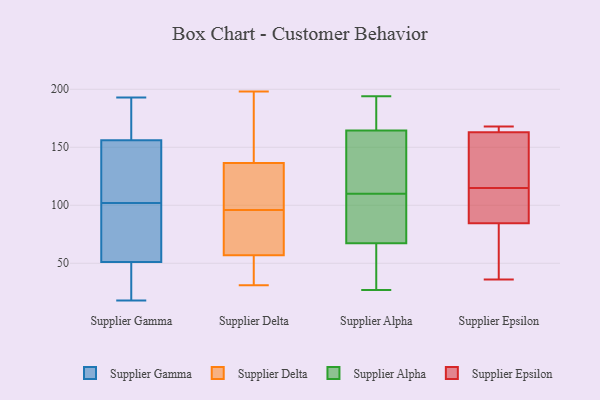
{"axis": {"x": "Market Share (%)", "y": "Value"}, "legend": ["Supplier Alpha", "Supplier Delta", "Supplier Epsilon", "Supplier Gamma"], "data": [{"x": "", "y": 149, "type": "Supplier Gamma"}, {"x": "", "y": 39, "type": "Supplier Gamma"}, {"x": "", "y": 51, "type": "Supplier Gamma"}, {"x": "", "y": 26, "type": "Supplier Gamma"}, {"x": "", "y": 99, "type": "Supplier Gamma"}, {"x": "", "y": 191, "type": "Supplier Gamma"}, {"x": "", "y": 110, "type": "Supplier Gamma"}, {"x": "", "y": 105, "type": "Supplier Gamma"}, {"x": "", "y": 59, "type": "Supplier Gamma"}, {"x": "", "y": 53, "type": "Supplier Gamma"}, {"x": "", "y": 178, "type": "Supplier Gamma"}, {"x": "", "y": 193, "type": "Supplier Gamma"}, {"x": "", "y": 18, "type": "Supplier Gamma"}, {"x": "", "y": 156, "type": "Supplier Gamma"}, {"x": "", "y": 91, "type": "Supplier Delta"}, {"x": "", "y": 86, "type": "Supplier Delta"}, {"x": "", "y": 34, "type": "Supplier Delta"}, {"x": "", "y": 58, "type": "Supplier Delta"}, {"x": "", "y": 198, "type": "Supplier Delta"}, {"x": "", "y": 157, "type": "Supplier Delta"}, {"x": "", "y": 144, "type": "Supplier Delta"}, {"x": "", "y": 94, "type": "Supplier Delta"}, {"x": "", "y": 173, "type": "Supplier Delta"}, {"x": "", "y": 56, "type": "Supplier Delta"}, {"x": "", "y": 54, "type": "Supplier Delta"}, {"x": "", "y": 129, "type": "Supplier Delta"}, {"x": "", "y": 106, "type": "Supplier Delta"}, {"x": "", "y": 31, "type": "Supplier Delta"}, {"x": "", "y": 105, "type": "Supplier Delta"}, {"x": "", "y": 98, "type": "Supplier Delta"}, {"x": "", "y": 56, "type": "Supplier Alpha"}, {"x": "", "y": 69, "type": "Supplier Alpha"}, {"x": "", "y": 177, "type": "Supplier Alpha"}, {"x": "", "y": 185, "type": "Supplier Alpha"}, {"x": "", "y": 194, "type": "Supplier Alpha"}, {"x": "", "y": 151, "type": "Supplier Alpha"}, {"x": "", "y": 93, "type": "Supplier Alpha"}, {"x": "", "y": 62, "type": "Supplier Alpha"}, {"x": "", "y": 27, "type": "Supplier Alpha"}, {"x": "", "y": 72, "type": "Supplier Alpha"}, {"x": "", "y": 127, "type": "Supplier Alpha"}, {"x": "", "y": 162, "type": "Supplier Alpha"}, {"x": "", "y": 111, "type": "Supplier Alpha"}, {"x": "", "y": 172, "type": "Supplier Alpha"}, {"x": "", "y": 110, "type": "Supplier Alpha"}, {"x": "", "y": 104, "type": "Supplier Alpha"}, {"x": "", "y": 42, "type": "Supplier Alpha"}, {"x": "", "y": 115, "type": "Supplier Epsilon"}, {"x": "", "y": 36, "type": "Supplier Epsilon"}, {"x": "", "y": 164, "type": "Supplier Epsilon"}, {"x": "", "y": 66, "type": "Supplier Epsilon"}, {"x": "", "y": 114, "type": "Supplier Epsilon"}, {"x": "", "y": 168, "type": "Supplier Epsilon"}, {"x": "", "y": 78, "type": "Supplier Epsilon"}, {"x": "", "y": 104, "type": "Supplier Epsilon"}, {"x": "", "y": 149, "type": "Supplier Epsilon"}, {"x": "", "y": 168, "type": "Supplier Epsilon"}, {"x": "", "y": 160, "type": "Supplier Epsilon"}]}